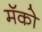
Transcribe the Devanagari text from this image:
मॅको